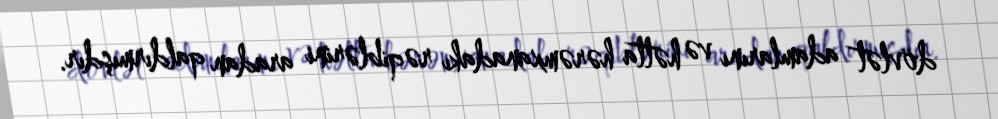
dövlət adamlarını və hətta hərəmxanadakı rəqiblərini aradan qaldırmışdır.